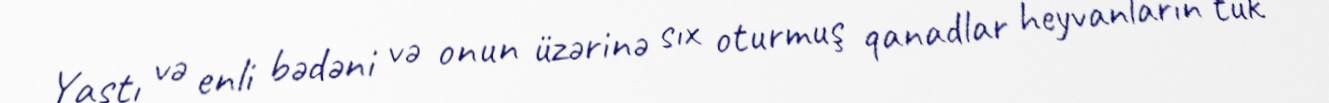
Yastı və enli bədəni və onun üzərinə sıx oturmuş qanadlar heyvanların tük